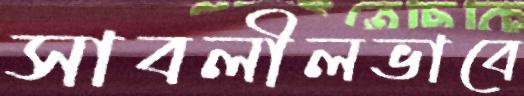
সাবলীলভাবে